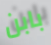
بابن